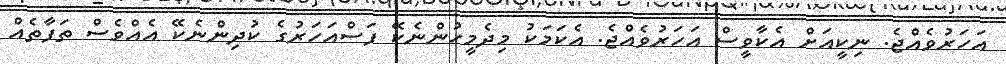
އަހަރުވެއްޖެ. ނިކީއަށް އެކާވީސް އަހަރުވެއްޖެ. އެކަމަކު މިދެމީހުންނެކޭ ފަސްއަހަރުގެ ކުދިންނެކޭ އެއްވެސް ތަފާތެއް